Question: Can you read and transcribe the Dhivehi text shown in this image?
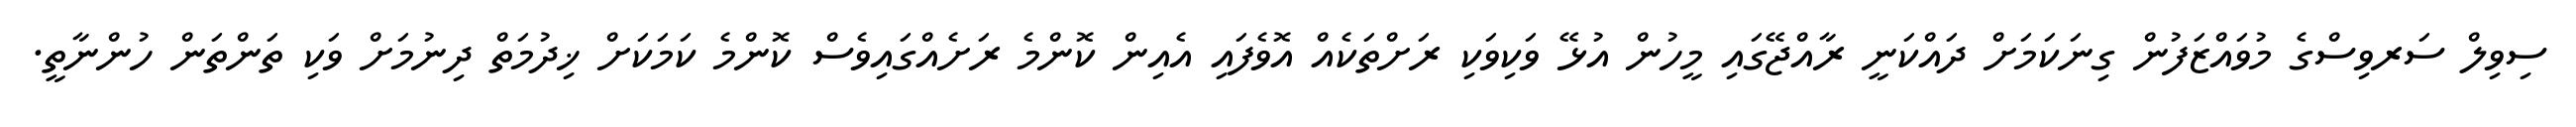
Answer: ސިވިލް ސަރވިސްގެ މުވައްޒަފުން ގިނަކަމަށް ދައްކަނީ ރާއްޖޭގައި މީހުން އުޅޭ ވަކިވަކި ރަށްތަކެއް އޮވެފައި އެއިން ކޮންމެ ރަށެއްގައިވެސް ކޮންމެ ކަމަކަށް ޚިދުމަތް ދިނުމަށް ވަކި ތަންތަން ހުންނާތީ.